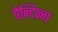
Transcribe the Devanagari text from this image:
पैन्टिन्ग